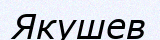
Якушев